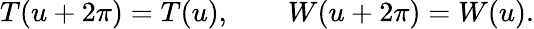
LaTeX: T(u+2\pi)=T(u),\qquad W(u+2\pi)=W(u).